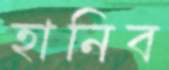
হানিব